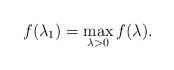
LaTeX: \begin{align*}f(\lambda_1)= \max_{\lambda>0} f(\lambda). \end{align*}